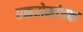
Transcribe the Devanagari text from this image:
एकरोमांचक